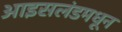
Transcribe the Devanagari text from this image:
आइसलंडमधून